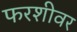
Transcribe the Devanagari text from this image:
फरशीवर